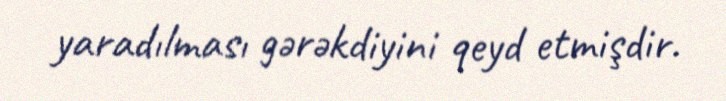
yaradılması gərəkdiyini qeyd etmişdir.